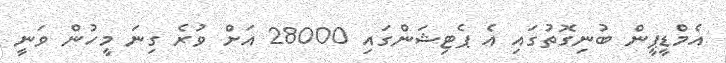
އެމްޑީޕީން ބުނިގޮތުގައި އެ ޕެޓިޝަންގައި 28000 އަށް ވުރެ ގިނަ މީހުން ވަނީ